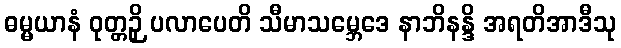
ဓမ္မယာနံ ဝုတ္တဉှိ ပလာပေတိ သီမာသမ္ဘေဒေ နာဘိနန္ဒိ အရတိအာဒီသု